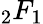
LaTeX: {}_{2}F_{1}